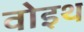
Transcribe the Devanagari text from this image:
वोइथ